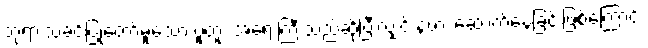
ဘုရားသခင်ပြုတော်မူသော ပူတူး အရေးကြီးသည်ဆိုပြီးလျှင် နဖား ဆောက်နေခြင်းဖြစ်ကြောင်း